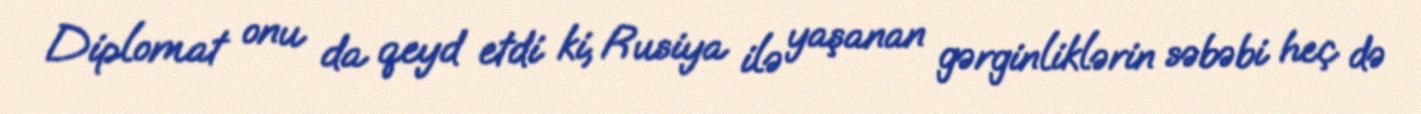
Diplomat onu da qeyd etdi ki, Rusiya ilə yaşanan gərginliklərin səbəbi heç də